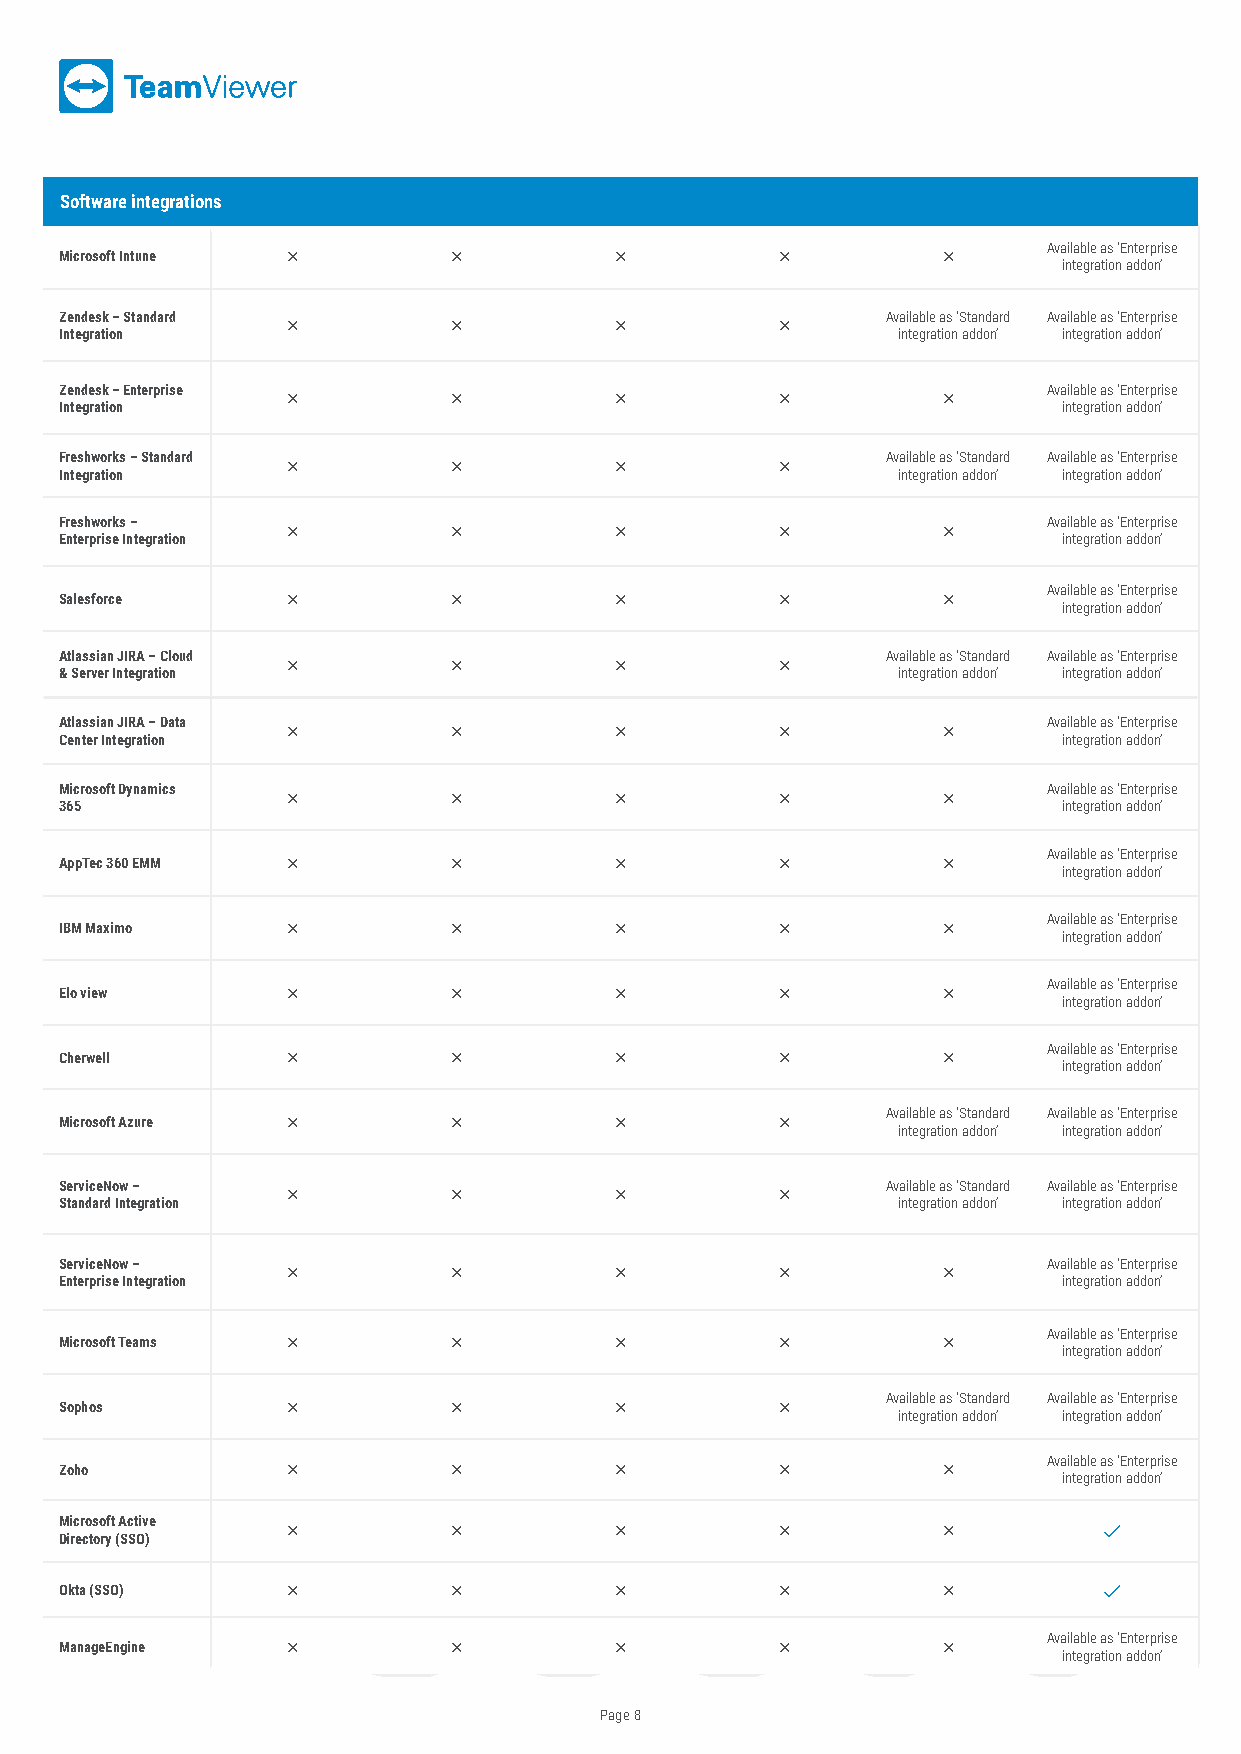
Software integrations
 Available as ‘Enterprise
 Microsoft Intune                                      
 integration addon’
 Zendesk – Standard                                     Available as ‘Standard Available as ‘Enterprise
                               
 Integration                                            integration addon’ integration addon’
 Zendesk – Enterprise                                             Available as ‘Enterprise
                                        
 Integration                                                       integration addon’
 Freshworks – Standard                                  Available as ‘Standard Available as ‘Enterprise
                               
 Integration                                            integration addon’ integration addon’
 Freshworks –                                                     Available as ‘Enterprise
                                        
 Enterprise Integration                                            integration addon’
 Available as ‘Enterprise
 Salesforce                                            
 integration addon’
 Atlassian JIRA – Cloud                                 Available as ‘Standard Available as ‘Enterprise
                               
 & Server Integration                                   integration addon’ integration addon’
 Atlassian JIRA – Data                                            Available as ‘Enterprise
                                        
 Center Integration                                                integration addon’
 Microsoft Dynamics                                               Available as ‘Enterprise
                                        
 365                                                               integration addon’
 Available as ‘Enterprise
 AppTec 360 EMM                                        
 integration addon’
 Available as ‘Enterprise
 IBM Maximo                                            
 integration addon’
 Available as ‘Enterprise
 Elo view                                              
 integration addon’
 Available as ‘Enterprise
 Cherwell                                              
 integration addon’
 Available as ‘Standard Available as ‘Enterprise
 Microsoft Azure                              
 integration addon’ integration addon’
 ServiceNow –                                           Available as ‘Standard Available as ‘Enterprise
                               
 Standard Integration                                   integration addon’ integration addon’
 ServiceNow –                                                     Available as ‘Enterprise
                                        
 Enterprise Integration                                            integration addon’
 Available as ‘Enterprise
 Microsoft Teams                                       
 integration addon’
 Available as ‘Standard Available as ‘Enterprise
 Sophos                                       
 integration addon’ integration addon’
 Available as ‘Enterprise
 Zoho                                                  
 integration addon’
 Microsoft Active
                                                  
 Directory (SSO)
 Okta (SSO)                                                      
 Available as ‘Enterprise
 ManageEngine                                          
 integration addon’
 Page 8